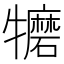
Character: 𱵀